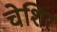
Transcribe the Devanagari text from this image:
चेशिर